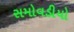
સમોવડીયો